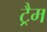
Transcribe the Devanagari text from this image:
ट्रैम